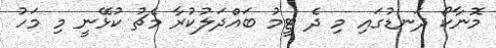
މޮނާކޯ ދަނޑުގައި މި ދެ ޓީމު ބައްދަލުކުރާ މެޗު ކުޅޭނީ މި މަހު